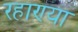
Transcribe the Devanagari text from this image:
रहाण्या